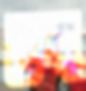
পেষ্‌